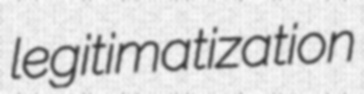
legitimatization